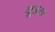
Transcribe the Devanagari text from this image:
बूइन